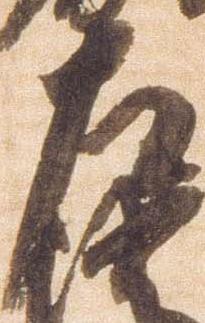
左